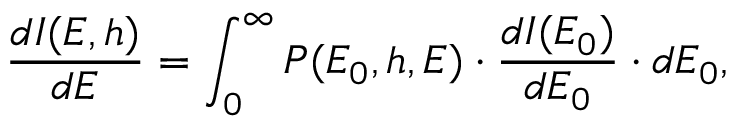
{ \frac { d I ( E , h ) } { d E } } = \int _ { 0 } ^ { \infty } P ( E _ { 0 } , h , E ) \cdot { \frac { d I ( E _ { 0 } ) } { d E _ { 0 } } } \cdot d E _ { 0 } ,